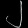
Digit: ၂